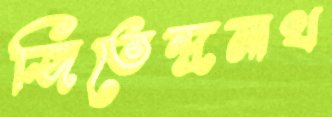
জিতেন্দ্রনাথ